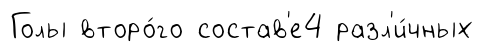
Голы второ́го состав'е4 разл'и́чных